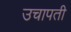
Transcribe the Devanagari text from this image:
उचापती